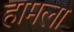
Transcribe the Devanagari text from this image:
हामला